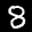
Label: 8